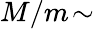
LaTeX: M/m\! \sim